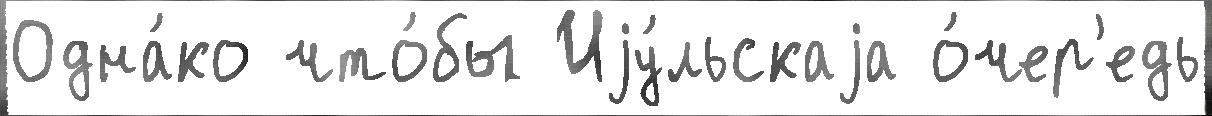
Одна́ко что́бы Иjу́льскаjа о́чер'едь